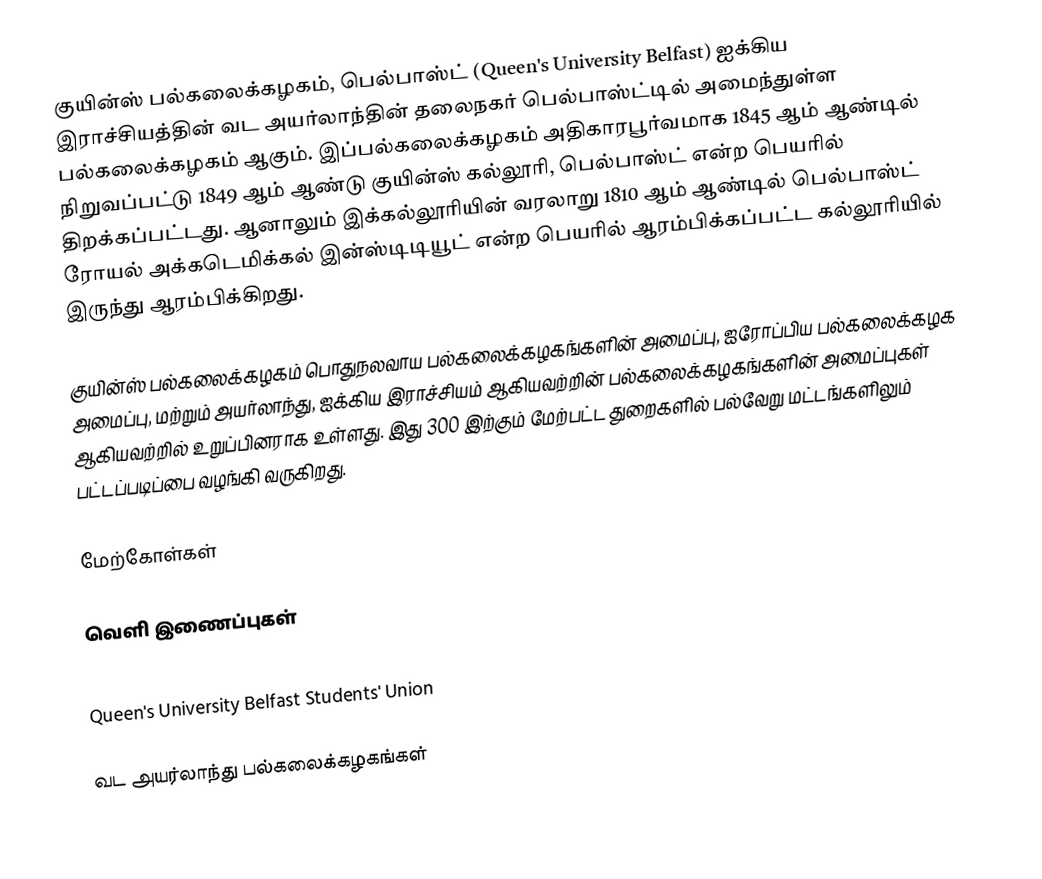
குயின்ஸ் பல்கலைக்கழகம், பெல்பாஸ்ட் (Queen's University Belfast) ஐக்கிய இராச்சியத்தின் வட அயர்லாந்தின் தலைநகர் பெல்பாஸ்ட்டில் அமைந்துள்ள பல்கலைக்கழகம் ஆகும். இப்பல்கலைக்கழகம் அதிகாரபூர்வமாக 1845 ஆம் ஆண்டில் நிறுவப்பட்டு 1849 ஆம் ஆண்டு குயின்ஸ் கல்லூரி, பெல்பாஸ்ட் என்ற பெயரில் திறக்கப்பட்டது. ஆனாலும் இக்கல்லூரியின் வரலாறு 1810 ஆம் ஆண்டில் பெல்பாஸ்ட் ரோயல் அக்கடெமிக்கல் இன்ஸ்டிடியூட் என்ற பெயரில் ஆரம்பிக்கப்பட்ட கல்லூரியில் இருந்து ஆரம்பிக்கிறது.

குயின்ஸ் பல்கலைக்கழகம் பொதுநலவாய பல்கலைக்கழகங்களின் அமைப்பு, ஐரோப்பிய பல்கலைக்கழக அமைப்பு, மற்றும் அயர்லாந்து, ஐக்கிய இராச்சியம் ஆகியவற்றின் பல்கலைக்கழகங்களின் அமைப்புகள் ஆகியவற்றில் உறுப்பினராக உள்ளது. இது 300 இற்கும் மேற்பட்ட துறைகளில் பல்வேறு மட்டங்களிலும் பட்டப்படிப்பை வழங்கி வருகிறது.

மேற்கோள்கள்

வெளி இணைப்புகள்
Queen's University Belfast
Queen's University Belfast Students' Union

வட அயர்லாந்து பல்கலைக்கழகங்கள்